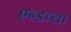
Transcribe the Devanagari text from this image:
एन्डच्या